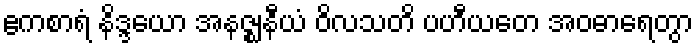
ဧကစာရံ နိဒ္ဒယော အနဇ္ဈနီယံ ဝိလသတိ ပဟီယတေ အဝဓာရေတွာ